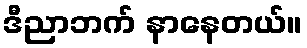
ဒီညာဘက် နာနေတယ်။